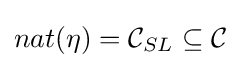
nat{(\eta )}={\mathcal {C}}_{SL}\subseteq {\mathcal {C}}